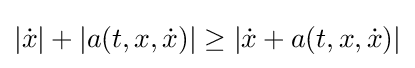
|{\dot {x}}|+|a(t,x,{\dot {x}})|\geq |{\dot {x}}+a(t,x,{\dot {x}})|